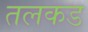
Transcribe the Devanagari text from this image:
तलकड